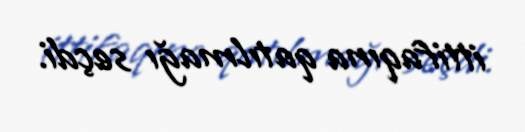
ittifaqına qatılmağı seçdi.